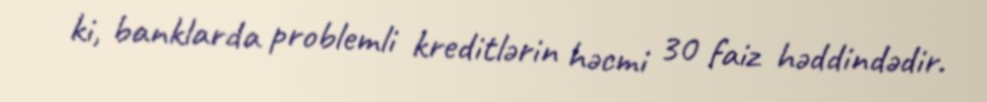
ki, banklarda problemli kreditlərin həcmi 30 faiz həddindədir.